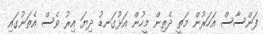
ފަންސާސް އަހަރުން މަތީ ދެތިން މީހުން އަޅުގަނޑު ދިޔަ އިރު ވެސް އެތަނުގައި